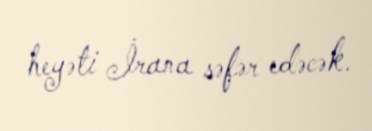
heyəti İrana səfər edəcək.